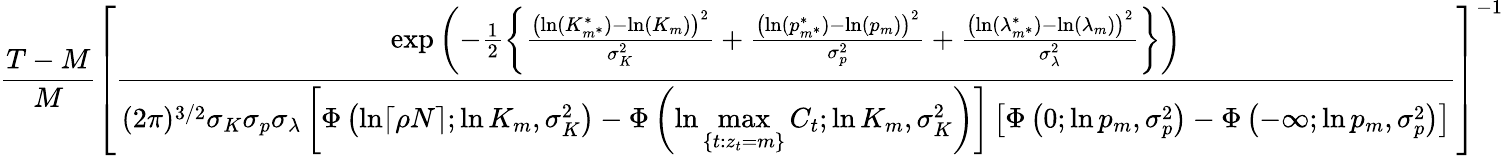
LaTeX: \frac{T-M}{M}\left[\frac{\exp\left(-\frac{1}{2}\left\{ \frac{\left(\ln(K_{m^{*}}^{*})-\ln(K_{m})\right)^{2}}{\sigma_{K}^{2}}+\frac{\left(\ln(p_{m^{*}}^{*})-\ln(p_{m})\right)^{2}}{\sigma_{p}^{2}}+\frac{\left(\ln(\lambda_{m^{*}}^{*})-\ln(\lambda_{m})\right)^{2}}{\sigma_{\lambda}^{2}}\right\} \right)}{(2\pi)^{3/2}\sigma_{K}\sigma_{p}\sigma_{\lambda}\left[\Phi\left(\ln\lceil\rho N\rceil;\ln K_{m},\sigma_{K}^{2}\right)-\Phi\left(\ln\underset{\{ t:z_{t}=m\} }{\operatorname*{max}}C_{t};\ln K_{m},\sigma_{K}^{2}\right)\right]\left[\Phi\left(0;\ln p_{m},\sigma_{p}^{2}\right)-\Phi\left(-\infty;\ln p_{m},\sigma_{p}^{2}\right)\right]}\right]^{-1}